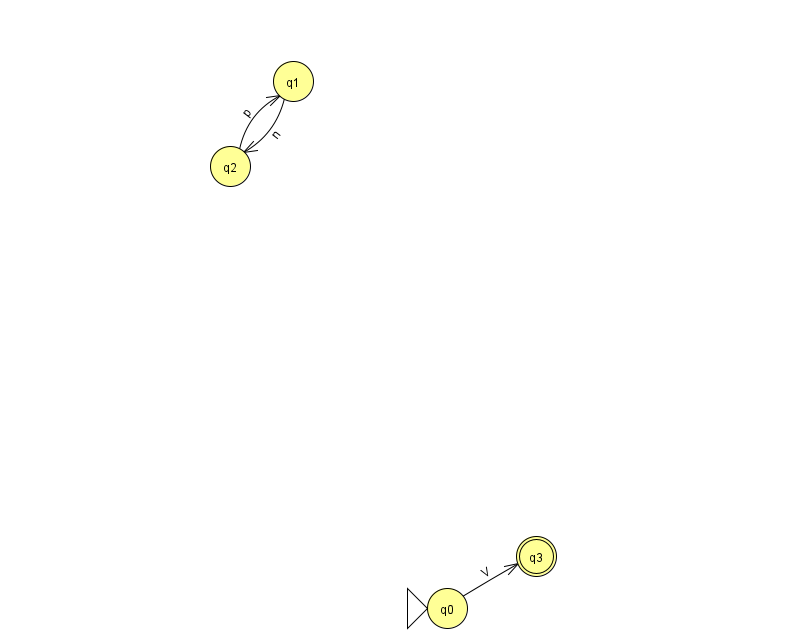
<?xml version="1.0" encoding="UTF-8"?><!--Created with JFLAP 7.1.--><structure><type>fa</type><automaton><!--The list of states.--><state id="0" name="q0"><x>447.0</x><y>595.0</y><initial/></state><state id="1" name="q1"><x>293.0</x><y>68.0</y></state><state id="2" name="q2"><x>230.0</x><y>153.0</y></state><state id="3" name="q3"><x>536.0</x><y>543.0</y><final/></state><state id="4" name="q4"><x>966.0</x><y>50.0</y></state><!--The list of transitions.--><transition><from>2</from><to>1</to><read>p</read></transition><transition><from>4</from><to>4</to><read>u</read></transition><transition><from>0</from><to>3</to><read>V</read></transition><transition><from>1</from><to>2</to><read>n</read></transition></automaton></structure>